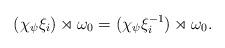
LaTeX: \begin{align*}(\chi_{\psi}\xi_i) \rtimes \omega_0=(\chi_{\psi}\xi_i^{-1}) \rtimes \omega_0.\end{align*}